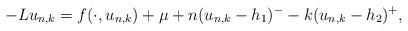
LaTeX: \begin{align*}-Lu_{n,k}=f(\cdot, u_{n,k})+\mu+n(u_{n,k}-h_{1})^{-}-k(u_{n,k}-h_{2})^{+},\end{align*}